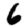
Digit: 6